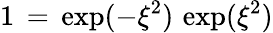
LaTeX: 1\, =\, \exp(-\xi^{2})\, \exp(\xi^{2})